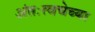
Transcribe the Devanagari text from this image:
अंतःत्वचेच्या